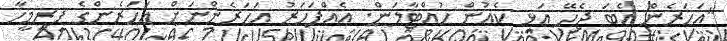
"އަހަރެން އެބަ ޖެހޭ އަޅި ކެއުން ހުއްޓާލަން. އެއްފަހަރު އަހަރެންނަށް އަހަރެންގެ ފިރިމީހާ